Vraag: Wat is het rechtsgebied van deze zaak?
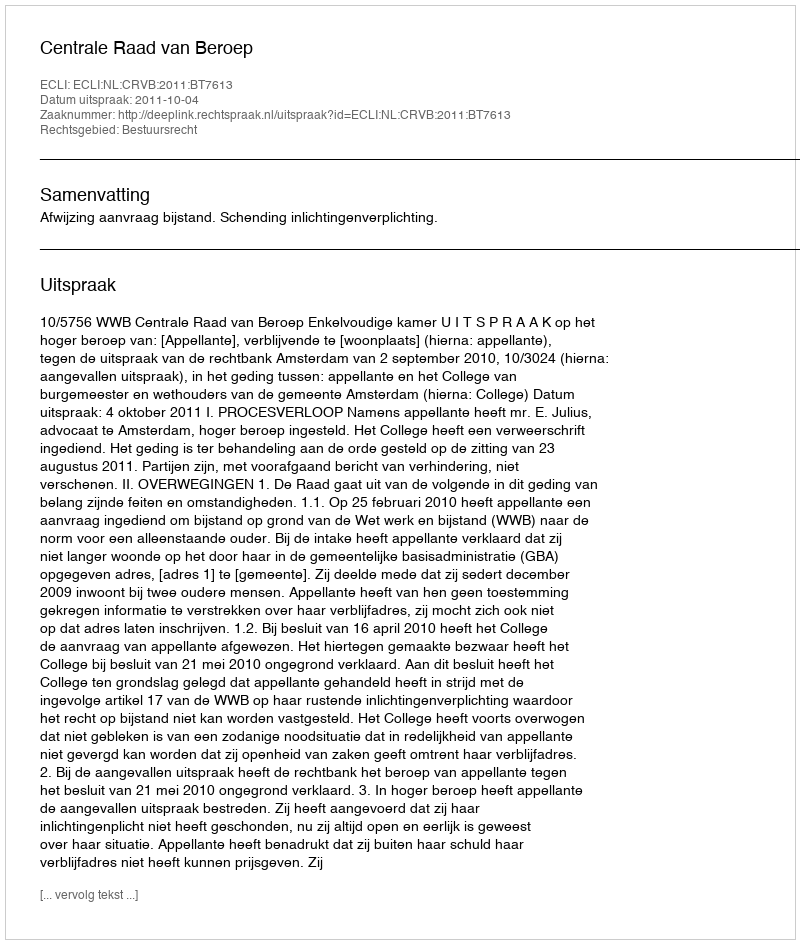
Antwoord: Bestuursrecht